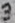
Text: 3